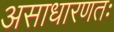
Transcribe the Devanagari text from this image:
असाधारणतः